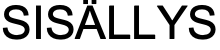
SISÄLLYS